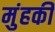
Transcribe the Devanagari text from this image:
मुंहकी